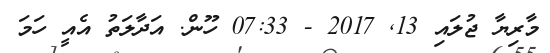
މާރިޔާ ޖުލައި 13